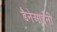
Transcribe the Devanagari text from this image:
डैनेआइनी